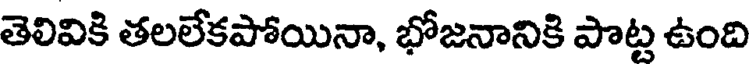
తెలివికి తలలేకపోయినా, భోజనానికి పొట్ట ఉంది